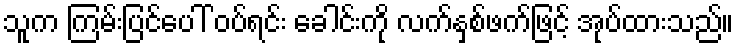
သူက ကြမ်းပြင်ပေါ် ဝပ်ရင်း ခေါင်းကို လက်နှစ်ဖက်ဖြင့် အုပ်ထားသည်။